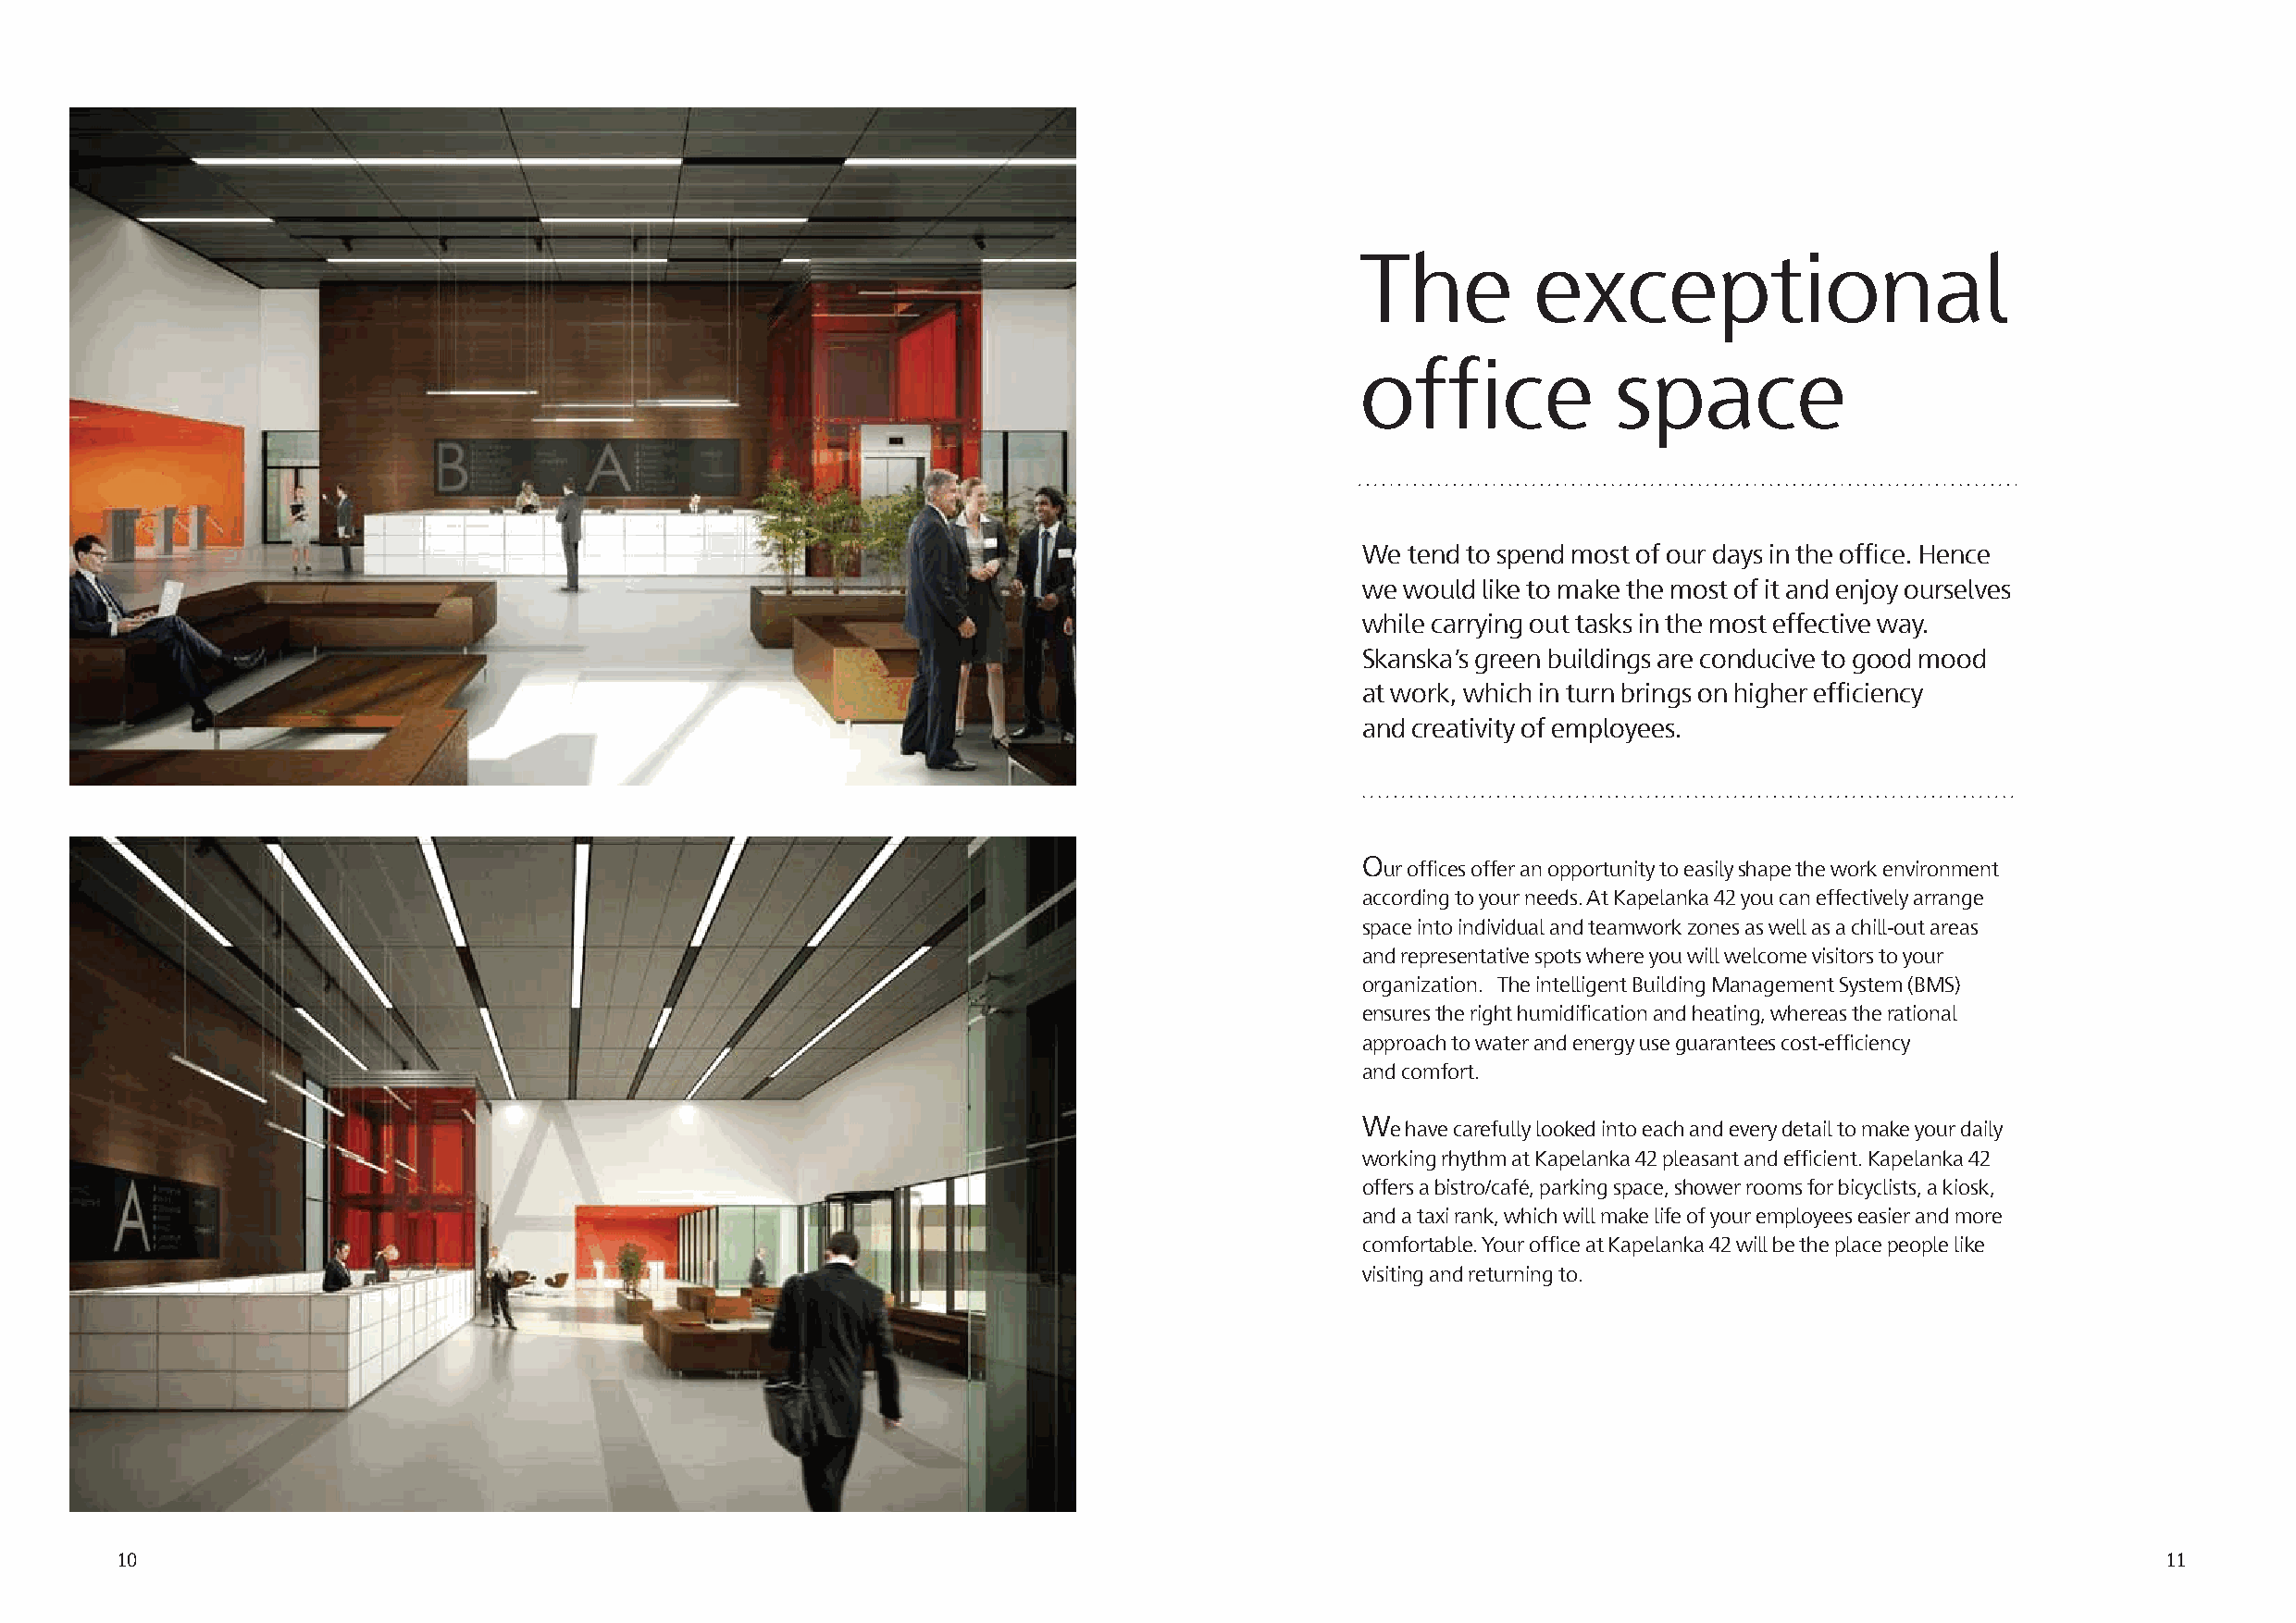
The          exceptional
 office             space
 We  tend to spend most of our days in the office. Hence
 we would like to make the most of it and enjoy ourselves
 while carrying out tasks in the most effective way.
 Skanska’s green buildings are conducive to good mood
 at work, which in turn brings on higher efficiency
 and creativity of employees.
 O
 ur offices offer an opportunity to easily shape the work environment
 according to your needs. At Kapelanka 42 you can effectively arrange
 space into individual and teamwork zones as well as a chill-out areas
 and representative spots where you will welcome visitors to your
 organization. The intelligent Building Management System (BMS)
 ensures the right humidification and heating, whereas the rational
 approach to water and energy use guarantees cost-efficiency
 and comfort.
 W
 e have carefully looked into each and every detail to make your daily
 working rhythm at Kapelanka 42 pleasant and efficient. Kapelanka 42
 offers a bistro/café, parking space, shower rooms for bicyclists, a kiosk,
 and a taxi rank, which will make life of your employees easier and more
 comfortable. Your office at Kapelanka 42 will be the place people like
 visiting and returning to.
 10                                                                                                                                                 11